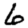
Digit: 6